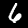
Label: 6